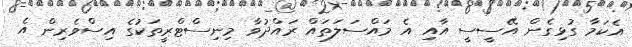
އެކަމާ ގުޅިގެން އޭސީސީ އާއި އެ މައްސަލަތައް ރައްދުވާ މިނިސްޓްރީތަކުގެ އިސްވެރިން އެ